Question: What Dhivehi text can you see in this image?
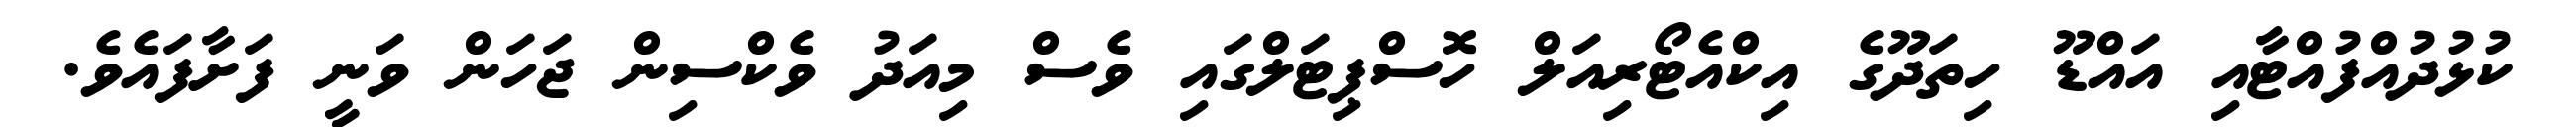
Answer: ކުޅުދުއްފުއްޓާއި އައްޑޫ ހިތަދޫގެ އިކްއެޓޯރިއަލް ހޮސްޕިޓަލްގައި ވެސް މިއަދު ވެކްސިން ޖަހަން ވަނީ ފަށާފައެވެ.